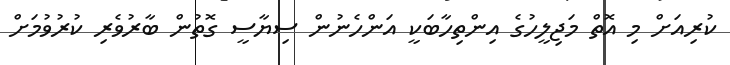
ކުރިއަށް މި އޮތް މަޖިލީހުގެ އިންތިހާބަކީ އަންހެނުން ސިޔާސީ ގޮތުން ބާރުވެރި ކުރުވުމަށް